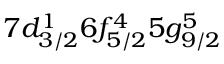
7 d _ { 3 / 2 } ^ { 1 } 6 f _ { 5 / 2 } ^ { 4 } 5 g _ { 9 / 2 } ^ { 5 }